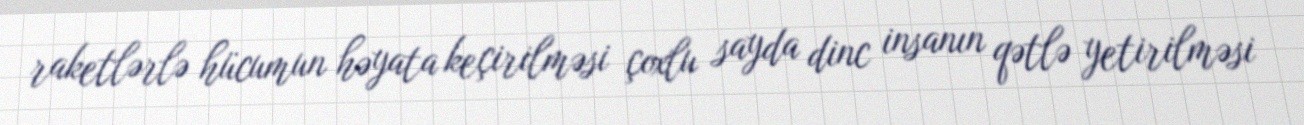
raketlərlə hücumun həyata keçirilməsi çoxlu sayda dinc insanın qətlə yetirilməsi